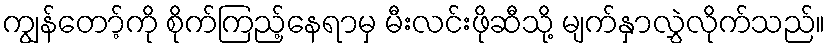
ကျွန်တော့်ကို စိုက်ကြည့်နေရာမှ မီးလင်းဖိုဆီသို့ မျက်နှာလွှဲလိုက်သည်။